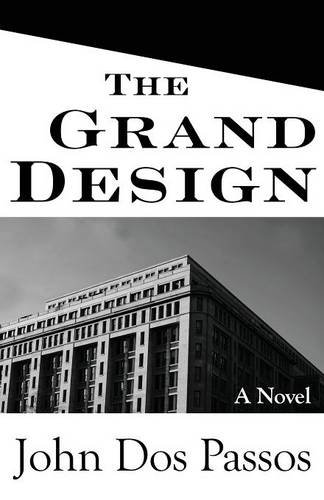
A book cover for The Grand Design: A Novel; John Dos Passos; Humor & Entertainment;